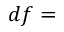
d f =